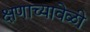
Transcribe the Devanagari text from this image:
क्षणाच्यावेळी